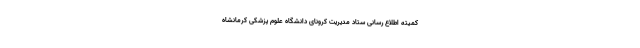
کمیته اطلاع رسانی ستاد مدیریت کرونای دانشگاه علوم پزشکی کرمانشاه